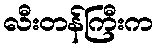
လီးတန်ကြီးက